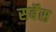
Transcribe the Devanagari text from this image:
सर्बेंस